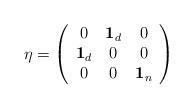
LaTeX: \begin{align*}\eta =\left(\begin{array}{ccc}0 & {\bf 1}_{d} & 0 \\{\bf 1}_{d} & 0 & 0 \\0 & 0 & {\bf 1}_{n}\end{array}\right) \end{align*}